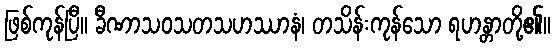
ဖြစ်ကုန်ပြီ။ ခီဏာသဝသတသဟဿာနံ၊ တသိန်းကုန်သော ရဟန္တာတို့၏။